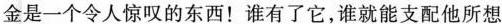
金是一个令人惊叹的东西！谁有了它，谁就能支配他所想要